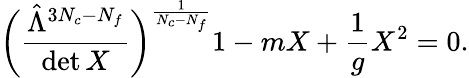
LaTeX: \biggl(\frac{\hat{\Lambda}^{3N_{c}-N_{f}}}{\operatorname*{det}X}\biggr)^{\frac{1}{N_{c}-N_{f}}}1-mX+\frac{1}{g}X^{2}=0.